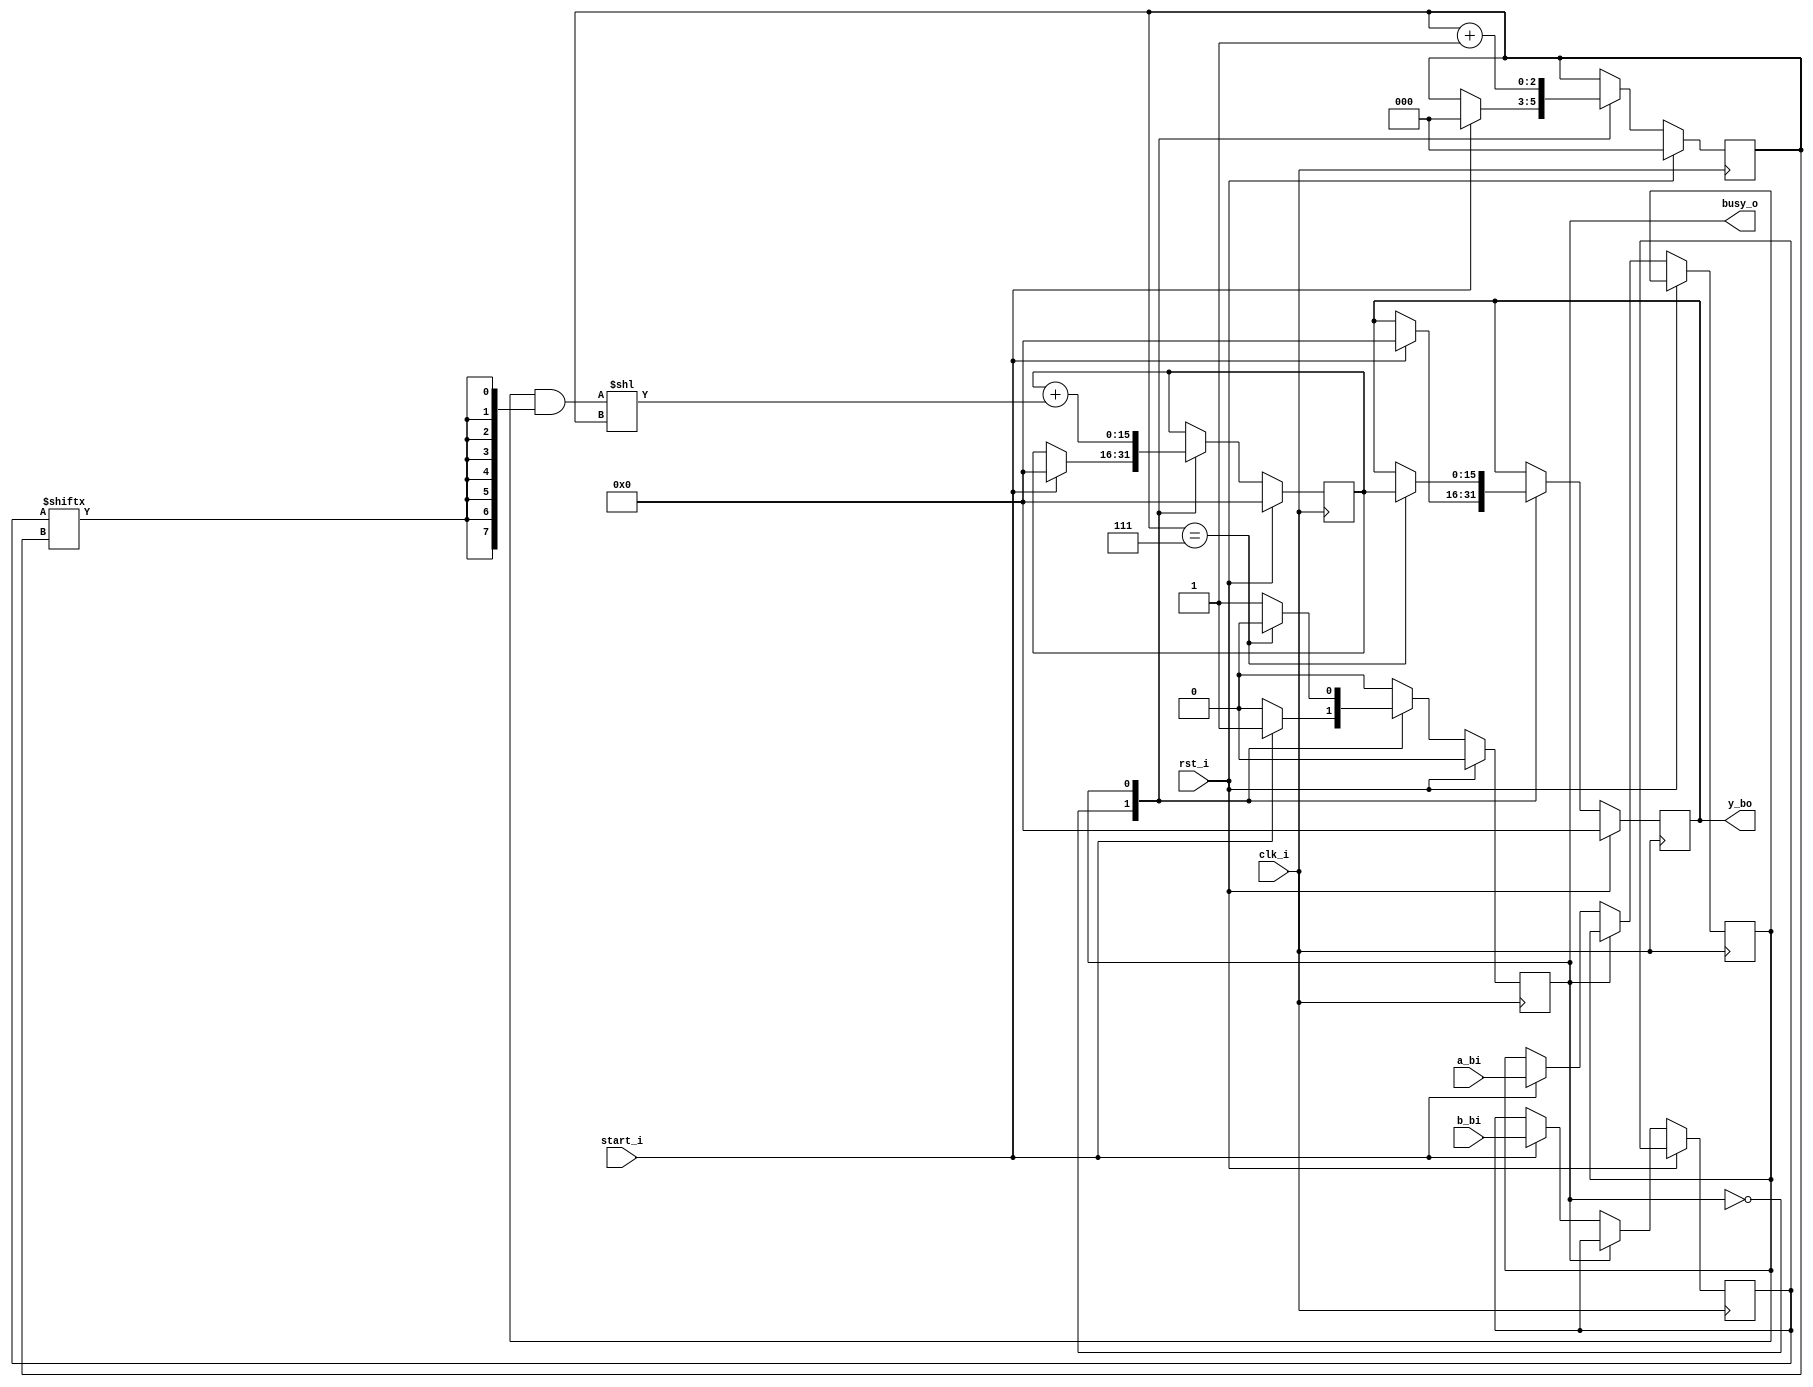
module mul(
input clk_i,
input rst_i,
input [7:0] a_bi,
input [7:0] b_bi,
input start_i,
output busy_o,
output reg [15:0] y_bo);

localparam IDLE = 1'b0;
localparam WORK = 1'b1;
reg [2:0] ctr;
wire [2:0] end_step;
wire [7:0] part_sum;
wire [15:0] shifted_part_sum;
reg [7:0] a, b;
reg [15:0] part_res;
reg state = IDLE;
assign part_sum = a & {8{b [ctr] } };
assign shifted_part_sum = part_sum << ctr;
assign end_step = (ctr == 3'h7);
assign busy_o = state;

always @(posedge clk_i) begin
    if (rst_i) begin
        ctr <= 0;
        part_res <= 0;
        y_bo <= 0;
        state <= IDLE;
    end else begin
        case (state)
            IDLE :
                begin
                    if (start_i) begin
                        ctr <= 0;
                        part_res <= 0;
                        y_bo <= 0;
                        state <= WORK;
                        a <= a_bi;
                        b <= b_bi;
                        ctr <= 0;
                        part_res <= 0;
                    end
                 end
            WORK:
                begin
                    if (end_step) begin
                        state <= IDLE;
                        y_bo <= part_res;
                    end
                    part_res <= part_res + shifted_part_sum;
                    ctr <= ctr + 1;
                end
        endcase
    end
end
endmodule